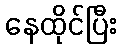
နေထိုင်ပြီး